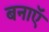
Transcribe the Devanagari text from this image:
बनाऍ